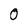
Character: O